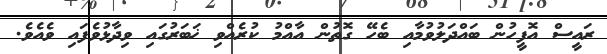
ރައީސް އޮފީހުން ބައްދަލުވުމާއި ބެހޭ ގޮތުން އާއްމު ކުރެއްވި ޚަބަރުގައި ވިދާޅުވެފައި ވެއެވެ.